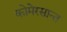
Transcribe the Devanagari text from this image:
कोमेरसान्त